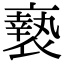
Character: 䙝